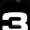
Digit: 3